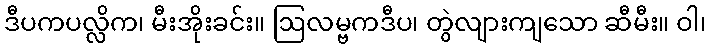
ဒီပကပလ္လိက၊ မီးအိုးခင်း။ ဩလမ္ဗကဒီပ၊ တွဲလျားကျသော ဆီမီး။ ဝါ၊